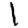
Digit: 1